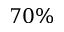
7 0 \%